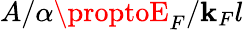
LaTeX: A/\alpha\proptoE_{F}/\mathbf{k}_{F}l